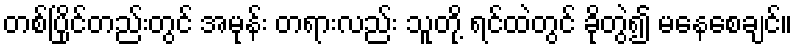
တစ်ပြိုင်တည်းတွင် အမုန်း တရားလည်း သူတို့ ရင်ထဲတွင် ခိုတွဲ၍ မနေစေချင်။